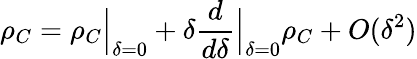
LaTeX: \rho_{C}=\rho_{C}\Big\vert_{\delta=0}+\delta\frac{d}{d\delta}\Big\vert_{\delta=0}\rho_{C}+O(\delta^{2})